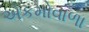
એકમોવાળા